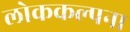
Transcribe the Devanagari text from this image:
लोककल्पना